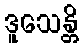
ဒူသေန္တိ